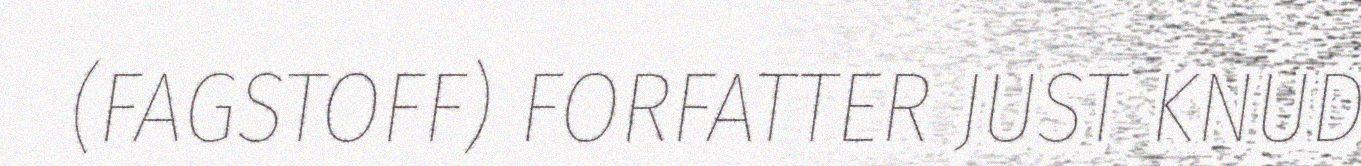
(FAGSTOFF) FORFATTER JUST KNUD